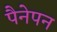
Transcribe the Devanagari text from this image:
पैनेपन